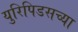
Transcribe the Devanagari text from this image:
युरिपिडसच्या